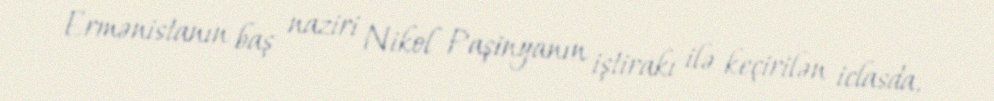
Ermənistanın baş naziri Nikol Paşinyanın iştirakı ilə keçirilən iclasda,